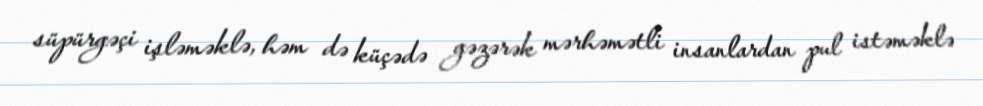
süpürgəçi işləməklə, həm də küçədə gəzərək mərhəmətli insanlardan pul istəməklə